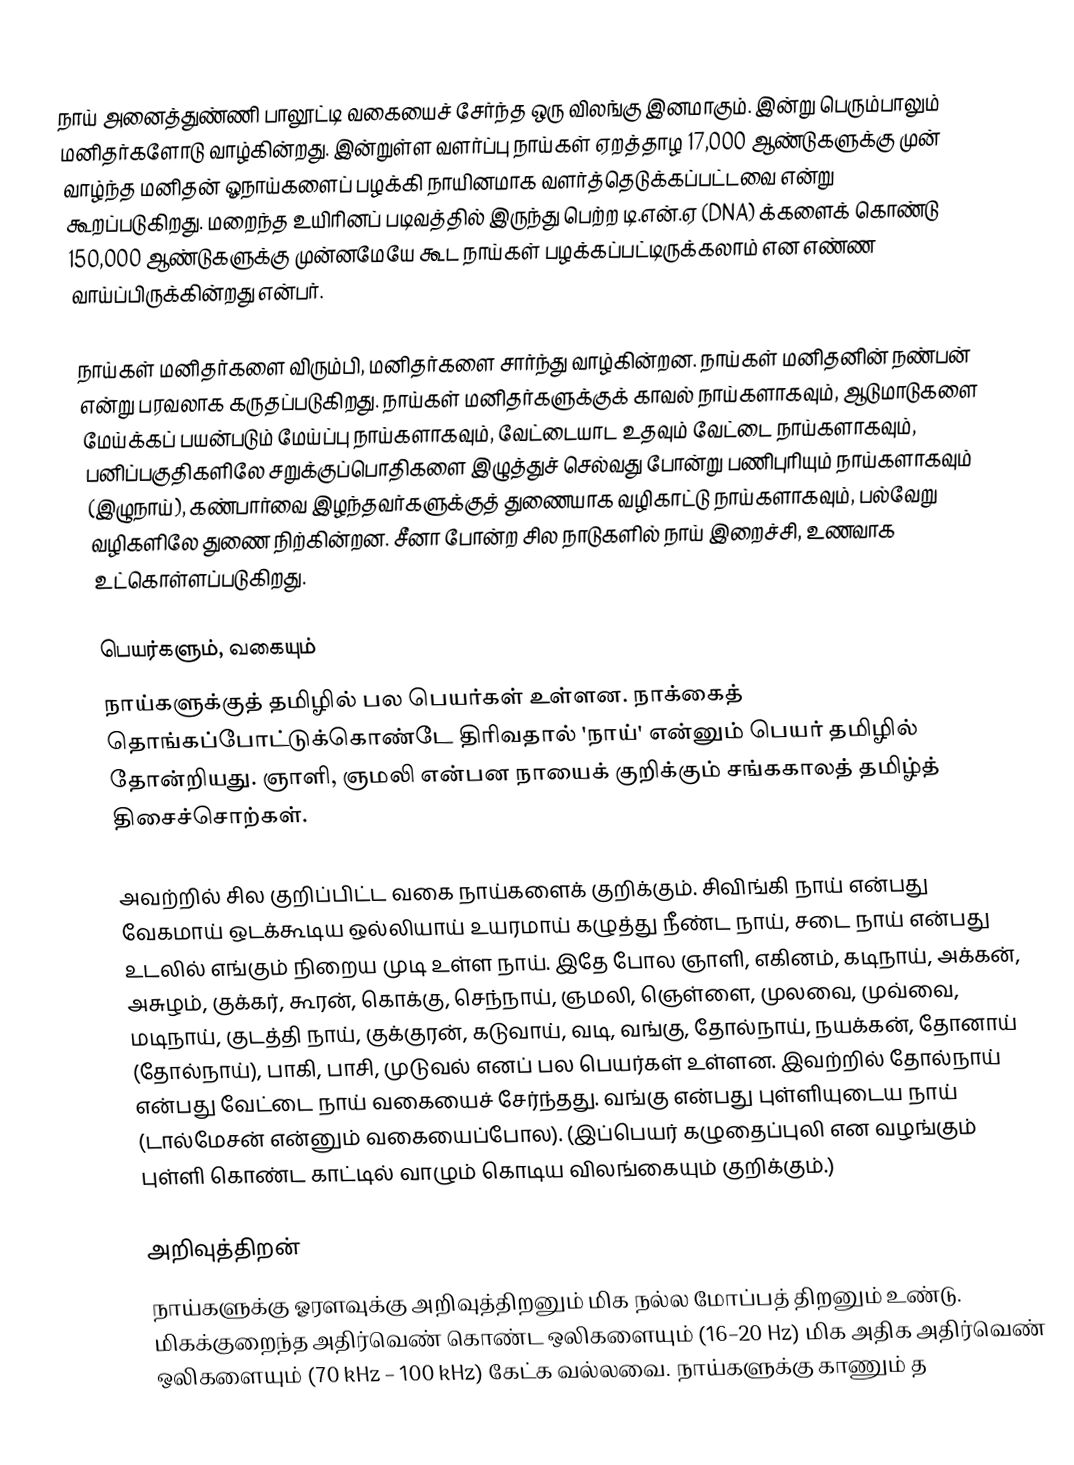
நாய் அனைத்துண்ணி பாலூட்டி வகையைச் சேர்ந்த ஒரு விலங்கு இனமாகும். இன்று பெரும்பாலும் மனிதர்களோடு வாழ்கின்றது. இன்றுள்ள வளர்ப்பு நாய்கள் ஏறத்தாழ 17,000  ஆண்டுகளுக்கு முன் வாழ்ந்த மனிதன் ஓநாய்களைப் பழக்கி நாயினமாக வளர்த்தெடுக்கப்பட்டவை என்று கூறப்படுகிறது. மறைந்த உயிரினப் படிவத்தில் இருந்து பெற்ற டி.என்.ஏ (DNA) க்களைக் கொண்டு 150,000  ஆண்டுகளுக்கு முன்னமேயே கூட நாய்கள் பழக்கப்பட்டிருக்கலாம் என எண்ண வாய்ப்பிருக்கின்றது என்பர்.

நாய்கள் மனிதர்களை விரும்பி, மனிதர்களை சார்ந்து வாழ்கின்றன. நாய்கள் மனிதனின் நண்பன் என்று பரவலாக கருதப்படுகிறது. நாய்கள் மனிதர்களுக்குக் காவல் நாய்களாகவும், ஆடுமாடுகளை மேய்க்கப் பயன்படும் மேய்ப்பு நாய்களாகவும், வேட்டையாட உதவும் வேட்டை நாய்களாகவும், பனிப்பகுதிகளிலே சறுக்குப்பொதிகளை இழுத்துச் செல்வது போன்று பணிபுரியும் நாய்களாகவும் (இழுநாய்), கண்பார்வை இழந்தவர்களுக்குத் துணையாக வழிகாட்டு நாய்களாகவும், பல்வேறு வழிகளிலே துணை நிற்கின்றன. சீனா போன்ற சில நாடுகளில் நாய் இறைச்சி, உணவாக உட்கொள்ளப்படுகிறது.

பெயர்களும், வகையும்
நாய்களுக்குத் தமிழில் பல பெயர்கள் உள்ளன. நாக்கைத் தொங்கப்போட்டுக்கொண்டே திரிவதால் 'நாய்' என்னும் பெயர் தமிழில் தோன்றியது. ஞாளி, ஞமலி என்பன நாயைக் குறிக்கும் சங்ககாலத் தமிழ்த் திசைச்சொற்கள்.

அவற்றில் சில குறிப்பிட்ட வகை நாய்களைக் குறிக்கும். சிவிங்கி நாய் என்பது வேகமாய் ஒடக்கூடிய ஒல்லியாய் உயரமாய் கழுத்து நீண்ட நாய், சடை நாய் என்பது உடலில் எங்கும் நிறைய முடி உள்ள நாய். இதே போல ஞாளி,  எகினம், கடிநாய், அக்கன், அசுழம், குக்கர், கூரன், கொக்கு, செந்நாய், ஞமலி, ஞெள்ளை, முலவை, முவ்வை, மடிநாய், குடத்தி நாய், குக்குரன், கடுவாய், வடி, வங்கு, தோல்நாய், நயக்கன், தோனாய் (தோல்நாய்), பாகி, பாசி, முடுவல் எனப் பல பெயர்கள் உள்ளன. இவற்றில் தோல்நாய் என்பது வேட்டை நாய் வகையைச் சேர்ந்தது. வங்கு என்பது புள்ளியுடைய நாய் (டால்மேசன் என்னும் வகையைப்போல). (இப்பெயர் கழுதைப்புலி என வழங்கும் புள்ளி கொண்ட காட்டில் வாழும் கொடிய விலங்கையும் குறிக்கும்.)

அறிவுத்திறன்
நாய்களுக்கு ஓரளவுக்கு அறிவுத்திறனும் மிக நல்ல மோப்பத் திறனும் உண்டு. மிகக்குறைந்த அதிர்வெண் கொண்ட ஒலிகளையும் (16–20 Hz) மிக அதிக அதிர்வெண் ஒலிகளையும் (70 kHz – 100 kHz) கேட்க வல்லவை. நாய்களுக்கு காணும் த